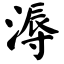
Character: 溽